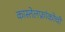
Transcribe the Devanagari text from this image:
कास्तेलफ्रांकोची